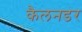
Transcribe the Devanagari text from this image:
कैलनडर